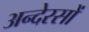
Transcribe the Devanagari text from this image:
अन्देरसों